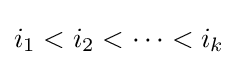
i_{1}<i_{2}<\cdots <i_{k}